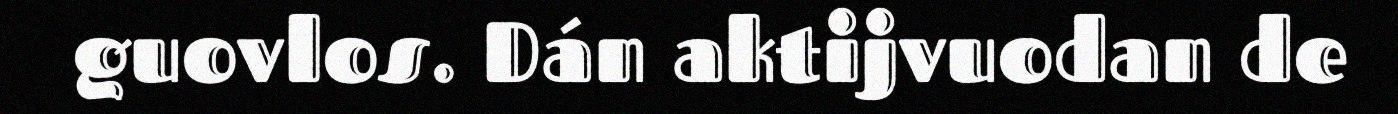
guovlos. Dán aktijvuodan de